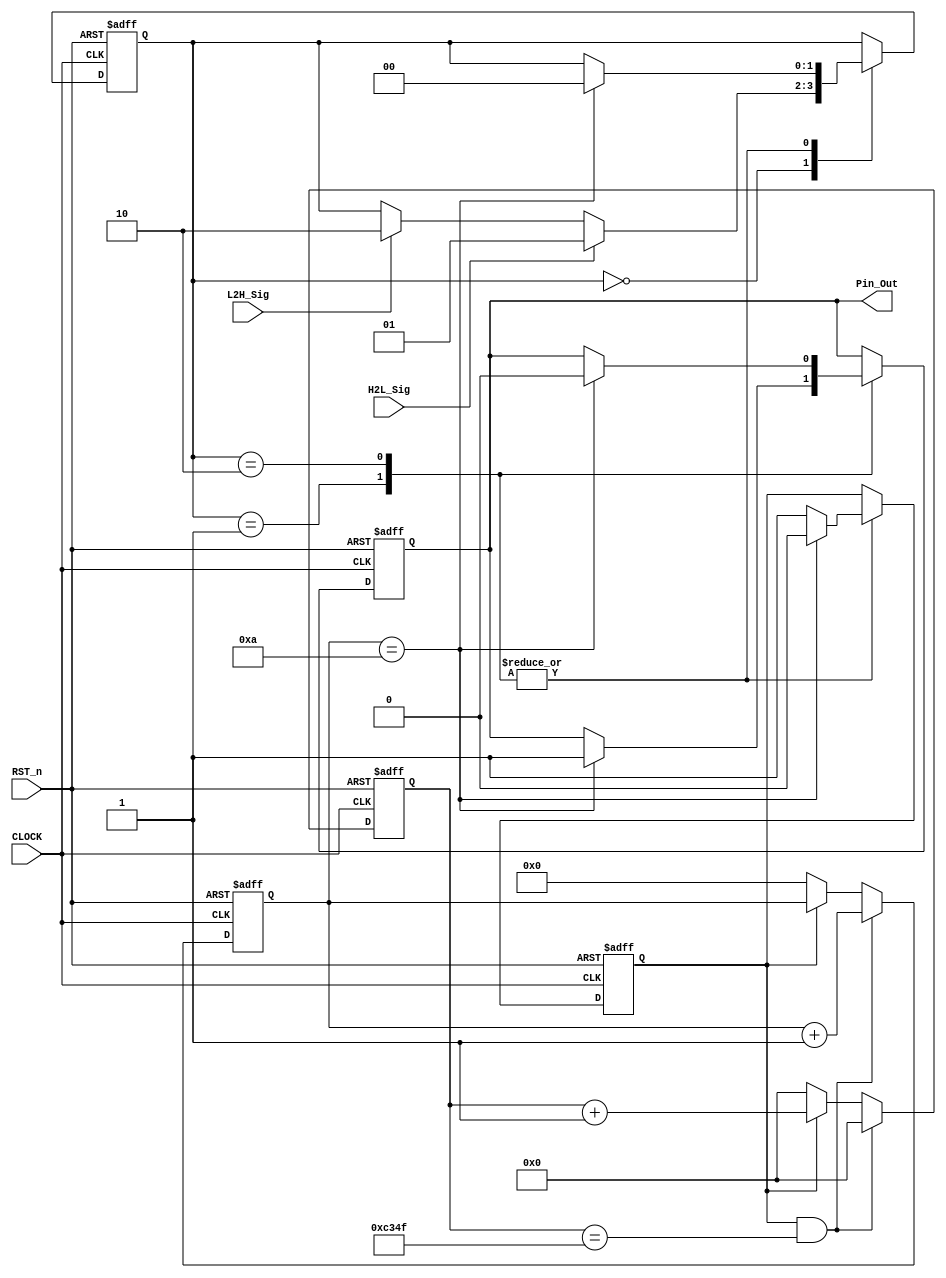
module delay_module 
(
    CLOCK, RST_n, H2L_Sig, L2H_Sig, Pin_Out
);

    input CLOCK;
	 input RST_n;
	 input H2L_Sig;
	 input L2H_Sig;
	 output Pin_Out;
	 
	 /****************************************/
	 
	 parameter T1MS = 16'd49_999;//DB4CE15ʹõľΪ50MHz50M*0.001-1=49_999
	 
	 /***************************************/
	 
	 reg [15:0]Count1;

	 always @ ( posedge CLOCK or negedge RST_n )
	     if( !RST_n )
		      Count1 <= 16'd0;
		  else if( isCount && Count1 == T1MS )
		      Count1 <= 16'd0;
		  else if( isCount )
		      Count1 <= Count1 + 1'b1;
		  else if( !isCount )
		      Count1 <= 16'd0;
	
    /****************************************/	
				
    reg [3:0]Count_MS;
	    
	 always @ ( posedge CLOCK or negedge RST_n )
        if( !RST_n )
		      Count_MS <= 4'd0;
		  else if( isCount && Count1 == T1MS )
		      Count_MS <= Count_MS + 1'b1;
		  else if( !isCount )
		      Count_MS <= 4'd0;
	
	/******************************************/
	
	reg isCount;
	reg rPin_Out;
	reg [1:0]i;
	
	always @ ( posedge CLOCK or negedge RST_n )
	    if( !RST_n )
		     begin
		         isCount <= 1'b0;
					rPin_Out <= 1'b0;
					i <= 2'd0;
			  end
		 else
		      case ( i )
				
				    2'd0 : 
					 if( H2L_Sig ) i <= 2'd1;
					 else if( L2H_Sig ) i <= 2'd2;
					
				    2'd1 : 
					 if( Count_MS == 4'd10 ) begin isCount <= 1'b0; rPin_Out <= 1'b1; i <= 2'd0; end
				    else	isCount <= 1'b1;
					 
					 2'd2 :
					 if( Count_MS == 4'd10 ) begin isCount <= 1'b0; rPin_Out <= 1'b0; i <= 2'd0; end
				    else	isCount <= 1'b1;
					   
				
				endcase
				
    /********************************************/
	 
	 assign Pin_Out = rPin_Out;
	 
	 /********************************************/
		      


endmodule